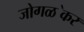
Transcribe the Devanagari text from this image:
जोगळ॓कर